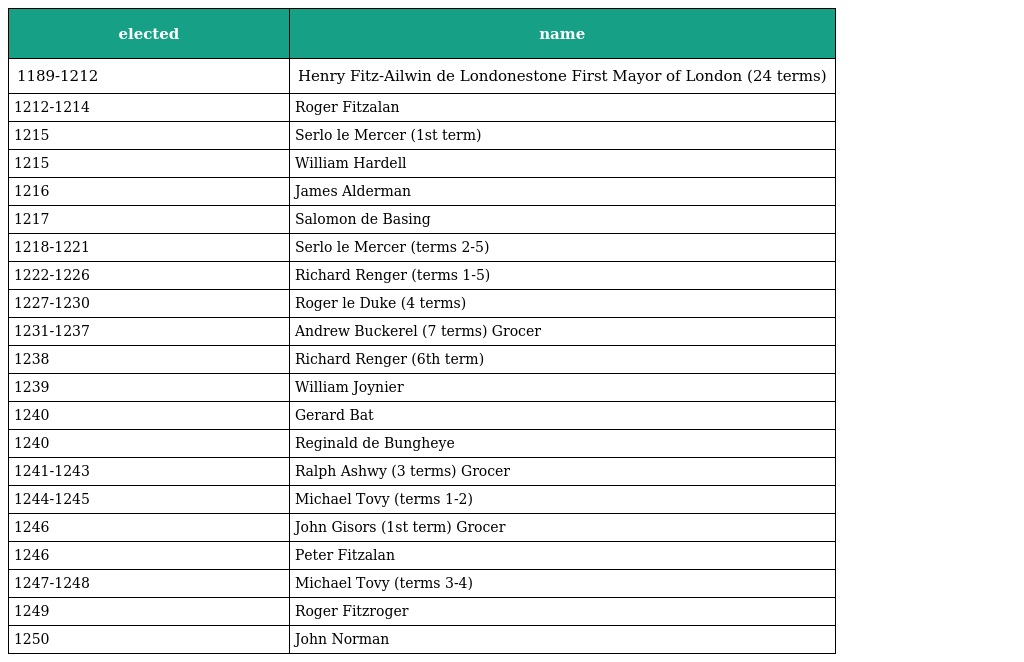
| elected | name |
 | --- | --- |
 | 1189-1212 | Henry Fitz-Ailwin de Londonestone First Mayor of London (24 terms) |
 | 1212-1214 | Roger Fitzalan |
 | 1215 | Serlo le Mercer (1st term) |
 | 1215 | William Hardell |
 | 1216 | James Alderman |
 | 1217 | Salomon de Basing |
 | 1218-1221 | Serlo le Mercer (terms 2-5) |
 | 1222-1226 | Richard Renger (terms 1-5) |
 | 1227-1230 | Roger le Duke (4 terms) |
 | 1231-1237 | Andrew Buckerel (7 terms) Grocer |
 | 1238 | Richard Renger (6th term) |
 | 1239 | William Joynier |
 | 1240 | Gerard Bat |
 | 1240 | Reginald de Bungheye |
 | 1241-1243 | Ralph Ashwy (3 terms) Grocer |
 | 1244-1245 | Michael Tovy (terms 1-2) |
 | 1246 | John Gisors (1st term) Grocer |
 | 1246 | Peter Fitzalan |
 | 1247-1248 | Michael Tovy (terms 3-4) |
 | 1249 | Roger Fitzroger |
 | 1250 | John Norman |